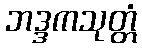
ဘဒ္ဒကသုတ္တံ